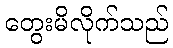
တွေးမိလိုက်သည်